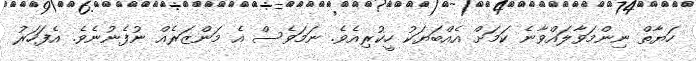
ހަޔާތް ނިންމަވާލައްވާނެ ކަމަށް އެއްބަޔަކު ހީކުރިއެވެ. ނަމަވެސް އެ މަންޒަރެއް ނުފެނުނެވެ. އެފަހަރު